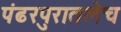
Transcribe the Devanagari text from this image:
पंढरपुरातलेच